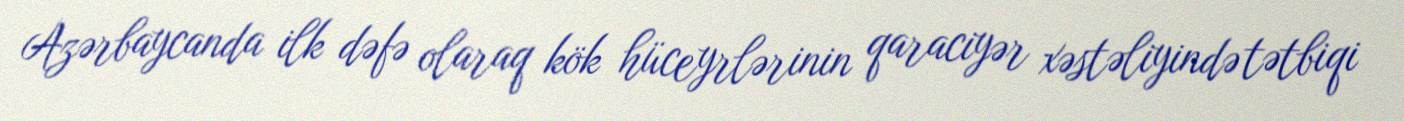
Azərbaycanda ilk dəfə olaraq kök hüceyrlərinin qaraciyər xəstəliyində tətbiqi